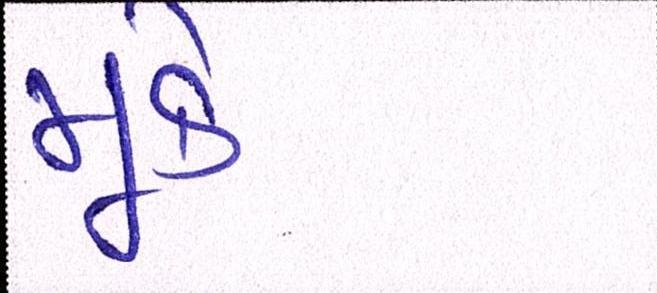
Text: મૂકે